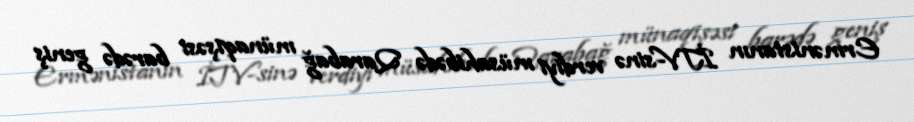
Ermənistanın İTV-sinə verdiyi müsahibədə Qarabağ münaqişəsi barədə geniş